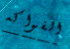
الفواكه